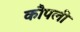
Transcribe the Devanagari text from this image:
कौपली